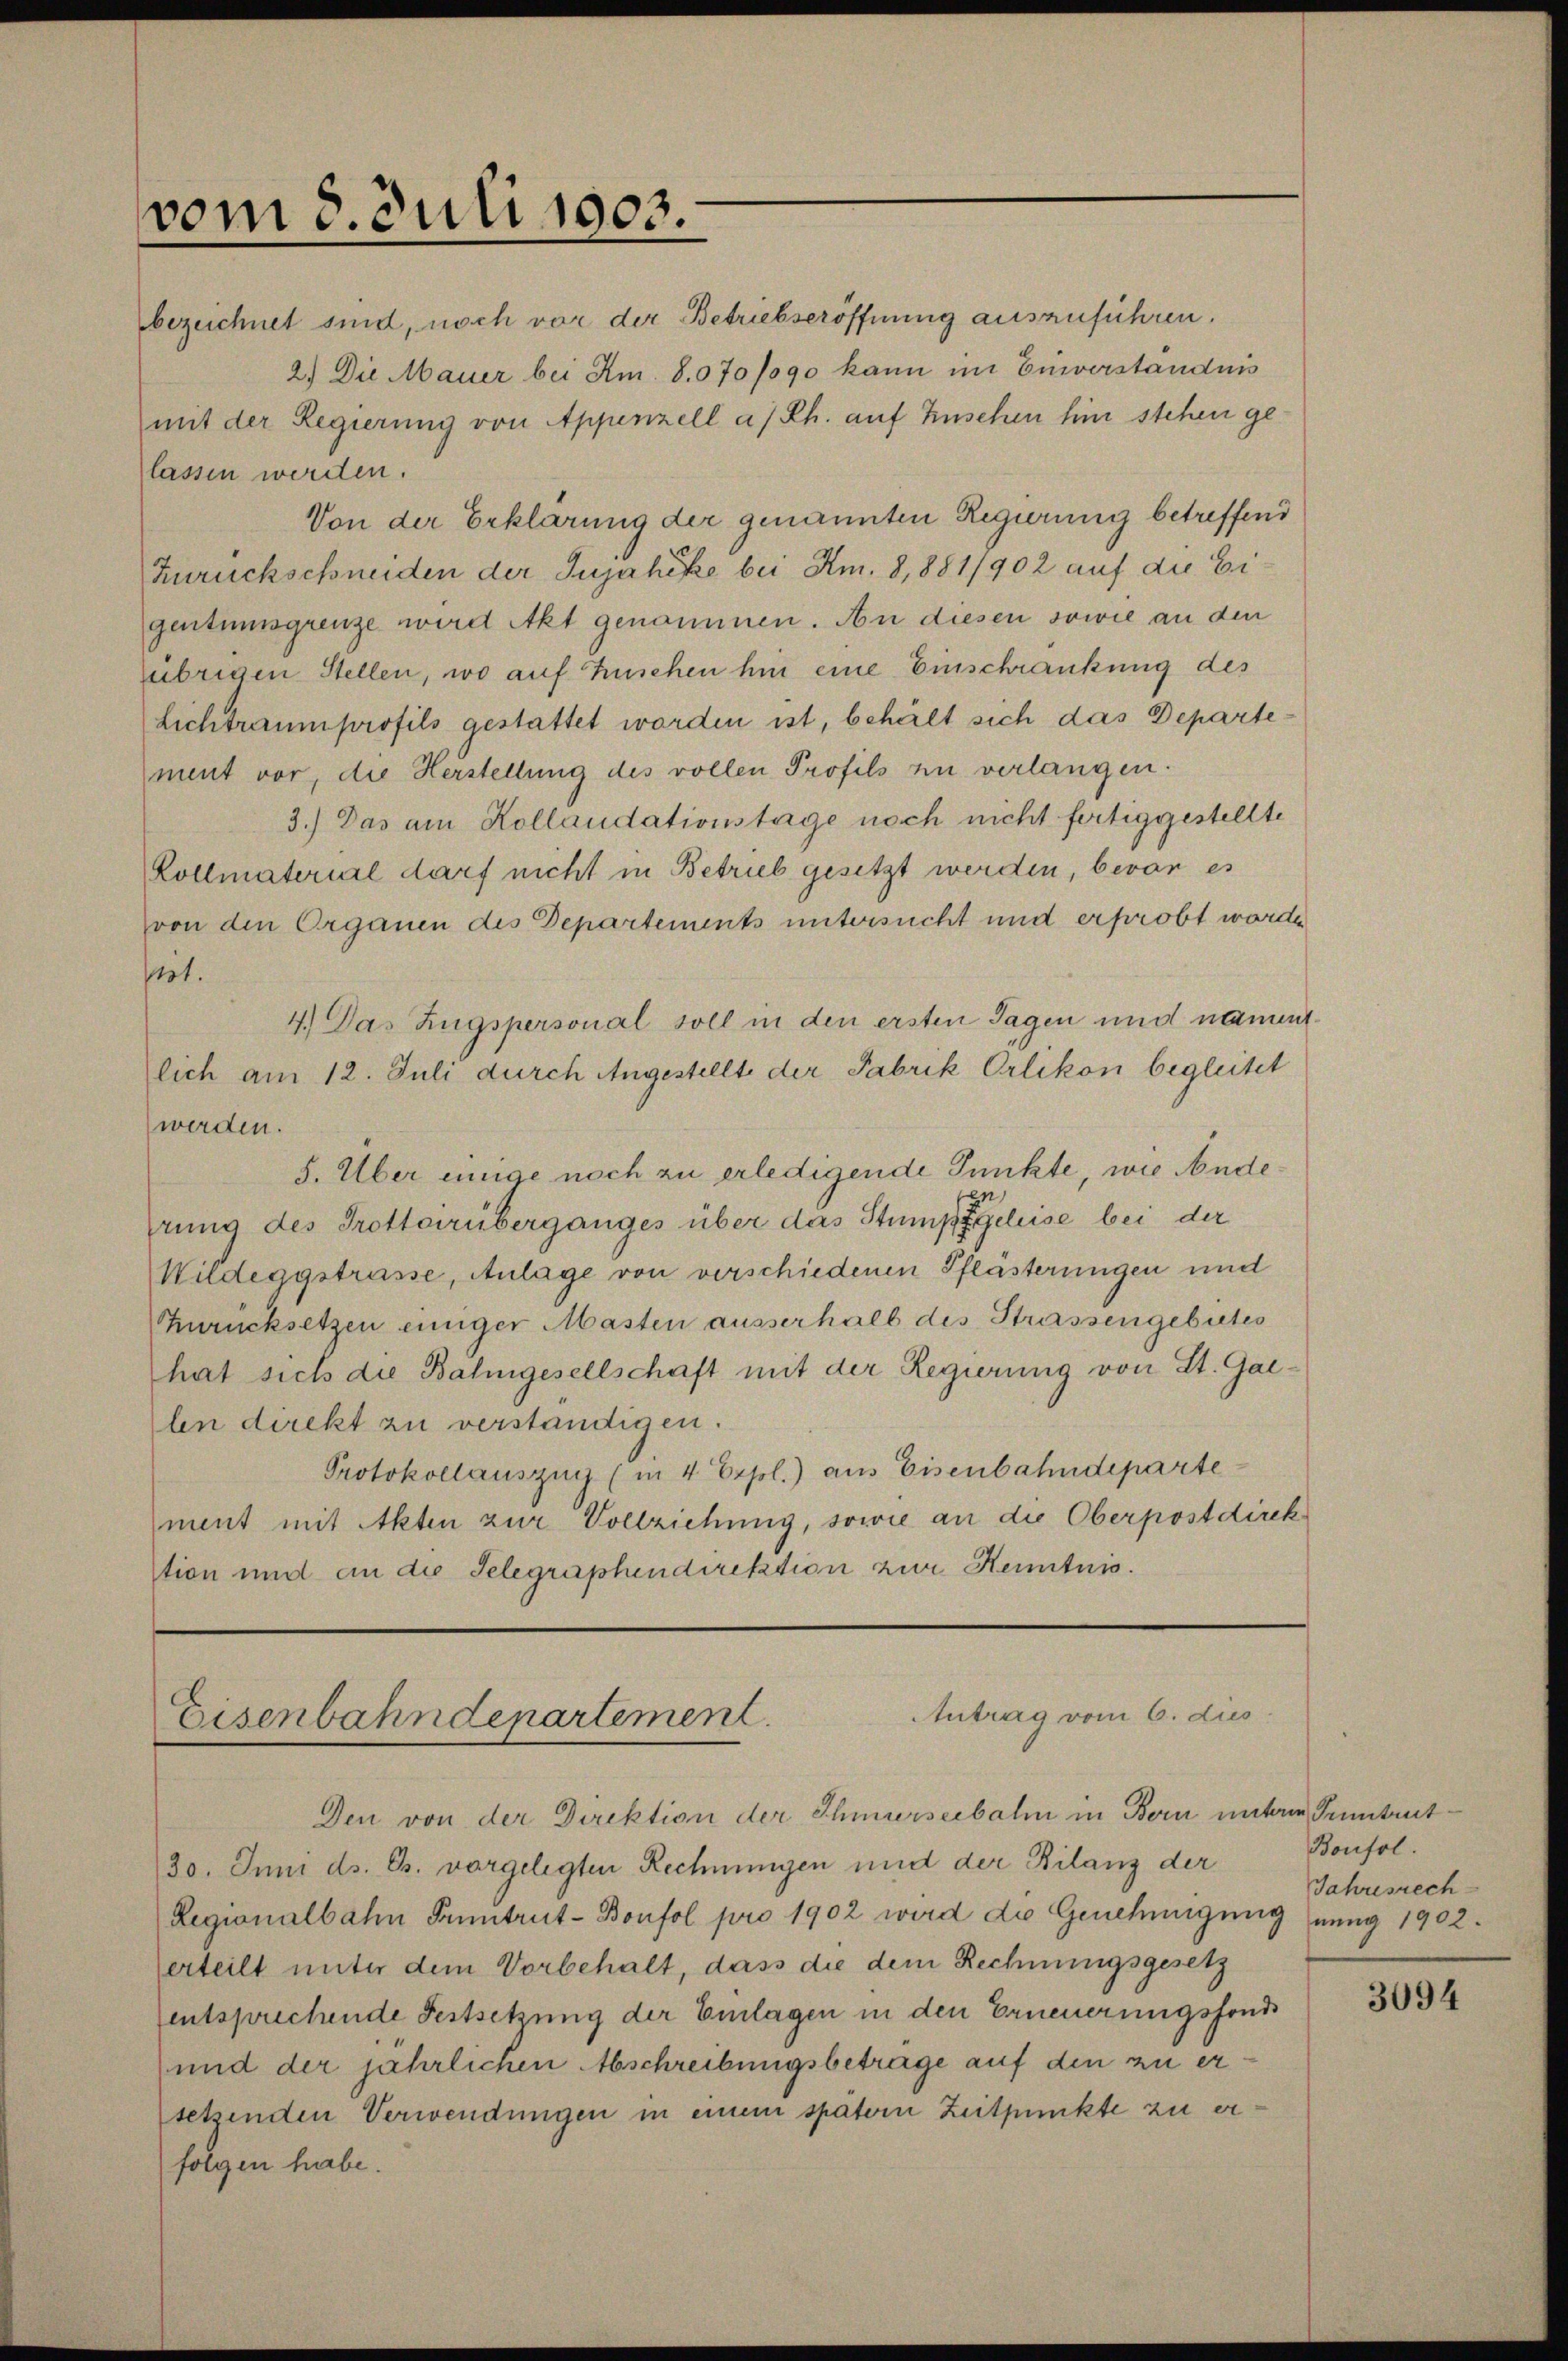
vom 8. Juli 1903.
bezeichnet sind, noch vor der Betriebseröffnung auszuführen.

2.) Die Mauer bei Am. 8.070/090 kann im Einverständnis
mit der Regierung von Appenzell a/Rh. auf Zuschen hin stehen gelassen werden.
Von der Erklärung der genannten Regierung betreffend
Zurückschneiden der Jujahike bei Am. 8,881/902 auf die Eigentumsgrenze wird Akt genommen. An diesen sowie an den
übrigen Stellen, wo auf Zuschen hin eine Einschränkung des
Lichtraumprofils gestattet worden ist, behält sich das Departement vor, die Herstellung des vollen Profils zu verlangen.
3.) Das am Kollaudationstage noch nicht fertiggestellte
Vollmaterial darf nicht in Betrieb gesetzt werden, bevor es
von den Organen des Departements untersucht und erprobt worde
Pot.
4.) Das Zugspersonal soll in den ersten Tagen und nament
lich am 12. Juli durch Angestellte der Fabrik Orlikon begleitet
werden.
5. Über einige noch zu erledigende Punkte, wie Andeen
erung des Trottorüberganges über das Stumpfgeleise bei der
Wildeggstrasse, Anlage von verschiedenen Pflästerungen und
Zurücksetzen einiger Masten ausserhalb des Strassengebutes
hat sich die Balingesellschaft mit der Regierung von St. Gal-
len direkt zu verständigen.
Protokollauszug (in 4 Expol.) aus Eisenbahndepartement mit Akten zur Vollziehung, sowie an die Oberpostdirek
stion und an die Telegraphendirektion zur Kenntnis.

Antrag vom 6. dies
Eisenbahndepartement.

Den von der Direktion der Ehmurserbalm in Bern unter Tuntret¬
20. Juni ds. Gr. vorgelegten Rechnungen und der Bilanz der
Regionalbahn Funtrut-Bonfol pro 1902 wird die Genehmigung nung 1902.
erteilt unter dem Vorbehalt, dass die dem Rechnungsgesetz
entsprechende Festsetzung der Einlagen in den Erneuerungsfonde
und der jährlichen Abschreibungsbeträge auf den zu ersetzenden Verwendungen in einem spätern Zeitpunkte zu erfolgen habe.

Bonfol
Jahresrech

3094